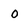
Character: o